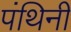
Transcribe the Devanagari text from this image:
पंथिनी